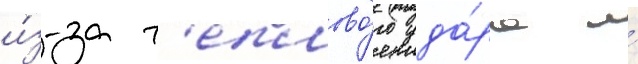
и́з-за т'еплово́го уда́ра и́